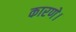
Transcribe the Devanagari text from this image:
कारणे।